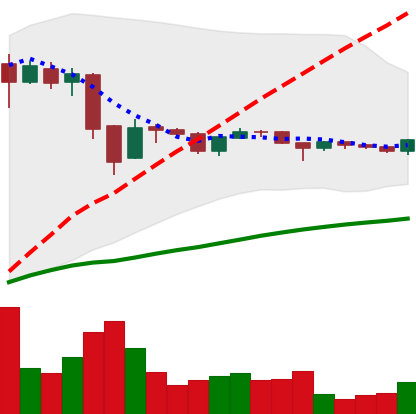
Ticker: BTC-USD
Chart end date: 2015-11-25
Forward return: 14.965%
Label: up_7plus